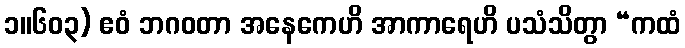
၁။၆၀၃) ဧဝံ ဘဂဝတာ အနေကေဟိ အာကာရေဟိ ပသံသိတွာ “ကထံ